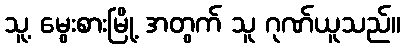
သူ့ မွေးစားမြို့ အတွက် သူ ဂုဏ်ယူသည်။